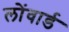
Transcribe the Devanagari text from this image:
लोंवार्ड